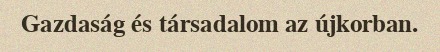
Gazdaság és társadalom az újkorban.